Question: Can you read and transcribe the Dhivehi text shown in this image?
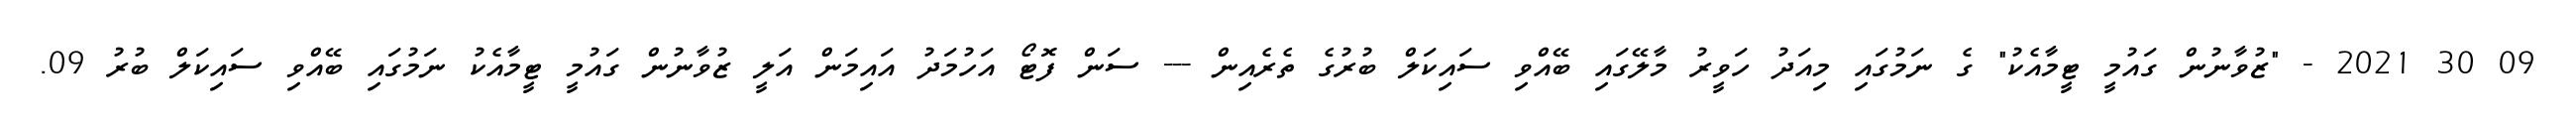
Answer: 09 30 2021 - "ޒުވާނުން ގައުމީ ޓީމާއެކު" ގެ ނަމުގައި މިއަދު ހަވީރު މާލޭގައި ބޭއްވި ސައިކަލް ބުރުގެ ތެރެއިން --- ސަން ފޮޓޯ އަހުމަދު އައިމަން އަލީ ޒުވާނުން ގައުމީ ޓީމާއެކު ނަމުގައި ބޭއްވި ސައިކަލް ބުރު 09.